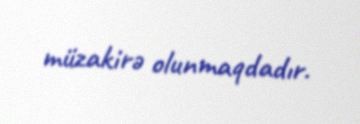
müzakirə olunmaqdadır.